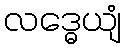
လဒ္ဓေယျံ